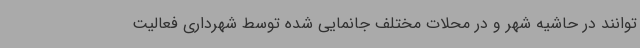
توانند در حاشیه شهر و در محلات مختلف جانمایی شده توسط شهرداری فعالیت